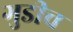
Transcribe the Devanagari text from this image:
गुडीच